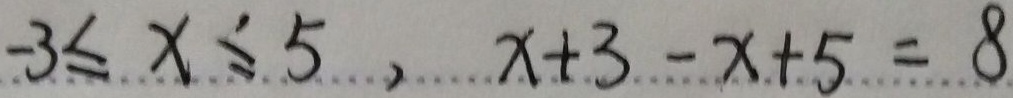
- 3 \leq x \leq 5 , x + 3 - x + 5 = 8